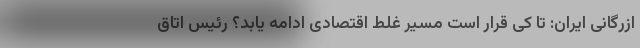
ازرگانی ایران: تا کی قرار است مسیر غلط اقتصادی ادامه یابد؟ رئیس اتاق